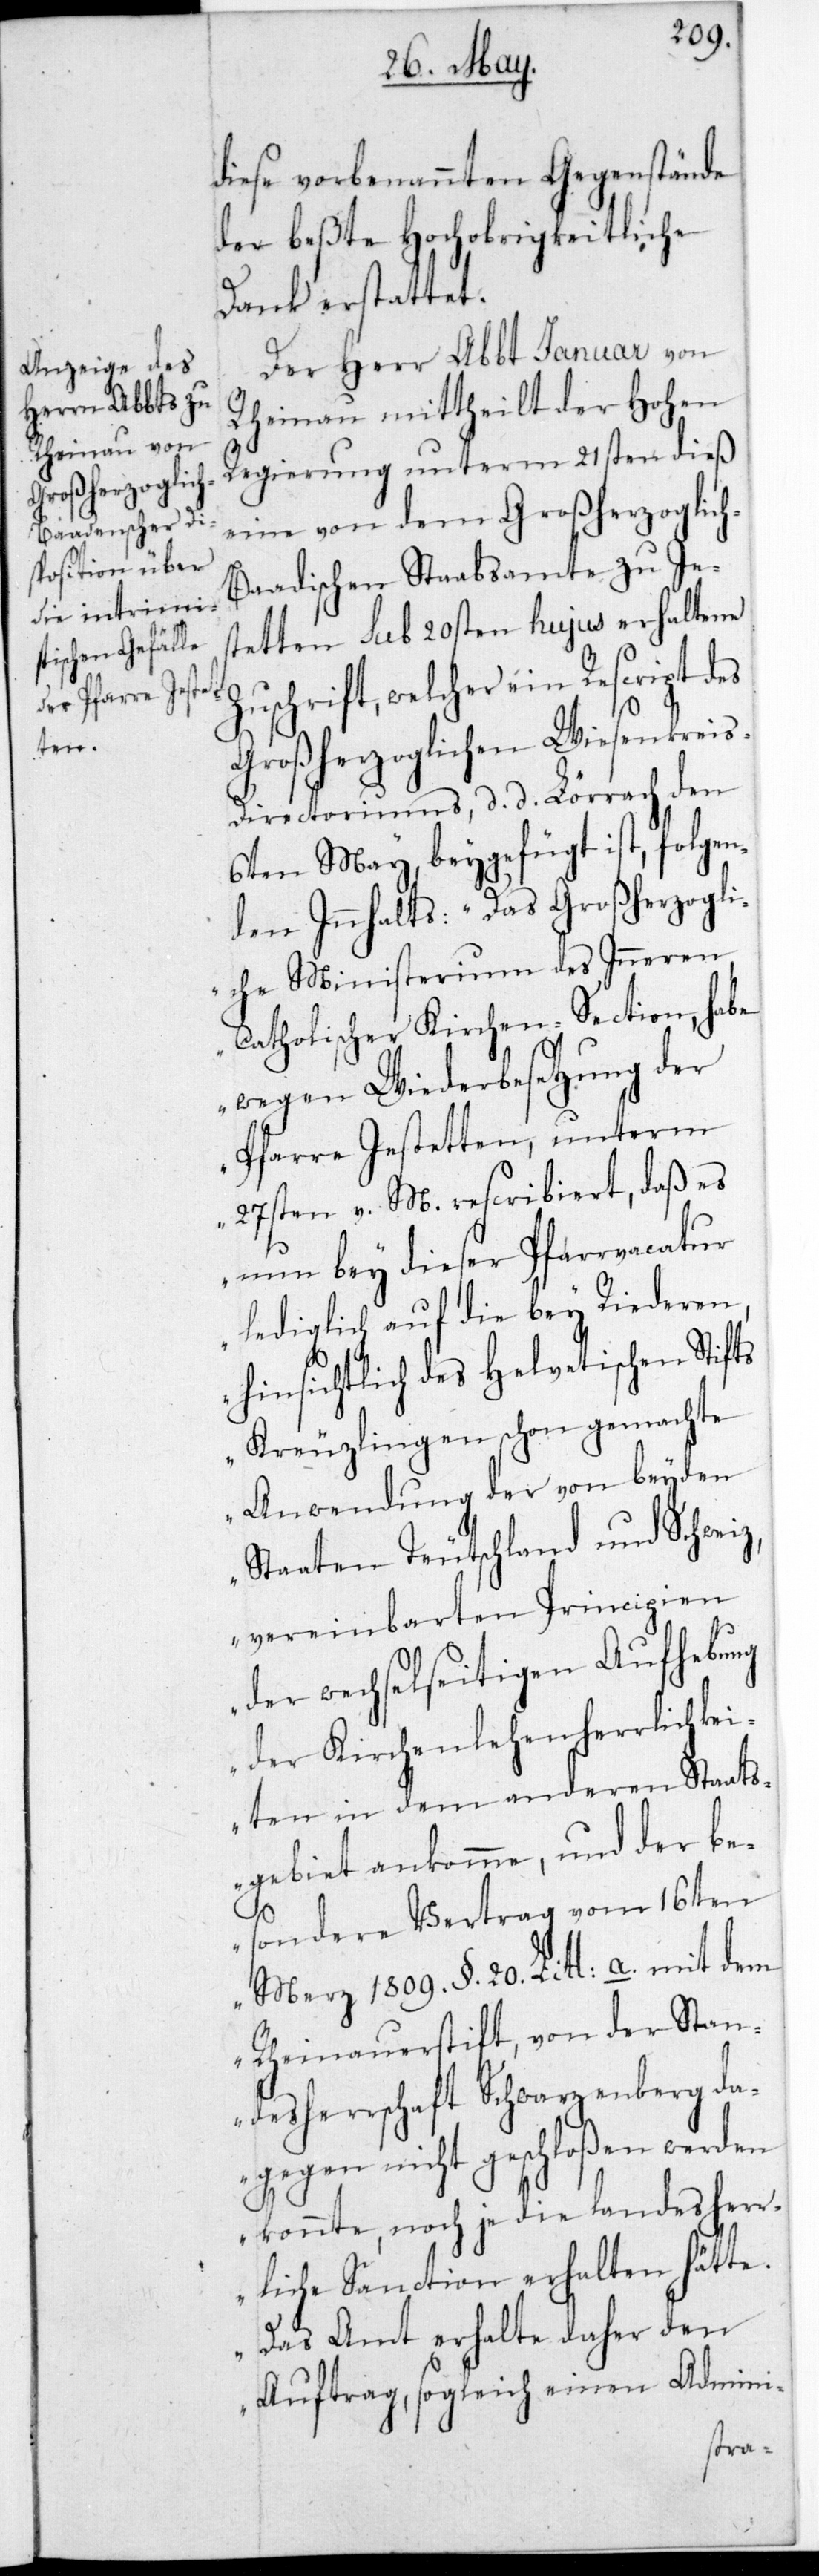
landesher¬

diese vorbenannten Gegenstände
der beßte Hochobrigkeitliche
Dank erstattet.
Der Herr Abbt Januar von
Rheinau mittheilt der Hohen
Regierung unterm 21sten dieß
eine von dem Großherzoglic¬
h-Baadischen Stabsamte zu Je¬
stetten sub 20sten hujus erhaltene
schrift, welcher ein Rescript
Großherzoglichen Wiesenkrei¬
s-Directoriums, datiert Lörrach den
6ten May, beygefügt ist, folgen¬
den Inhalts: „Das Großherzogli¬
che Ministerium des Inneren,
katholischer Kirchen-Section, habe
wegen Wiederbesetzung der
Pfarre Jestetten, unterm
27sten v. M. rescribiert, daß es
nun bey dieser Pfarrvacatur
lediglich auf die bey Riederen,
hinsichtlich des helvetischen Stifts
Kreuzlingen schon gemachte
Anwendung der von beyden
Staaten Deutschland und Schweiz,
vereinbarten Principien
der wechselseitigen Aufhebung
der Kirchenlehenherrlichkei¬
ten in dem anderen Staats¬
gebiet ankomme, und der be¬
sondere Vertrag vom 16ten
Merz 1809. §. 20. Litt: a. mit dem
Rheinauerstift, von der Stan¬
desherrschaft Schwarzenberg da¬
gegen nicht geschloßen werden
rliche Sanction erhalten hätte.
Das Amt erhalte daher den
Zu¬
Auftrag, sogleich einen Admini-